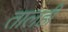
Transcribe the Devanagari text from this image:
तालही